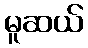
မူဆယ်